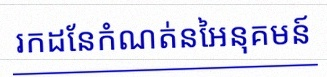
រកដែនកំណត់នៃអនុគមន៍